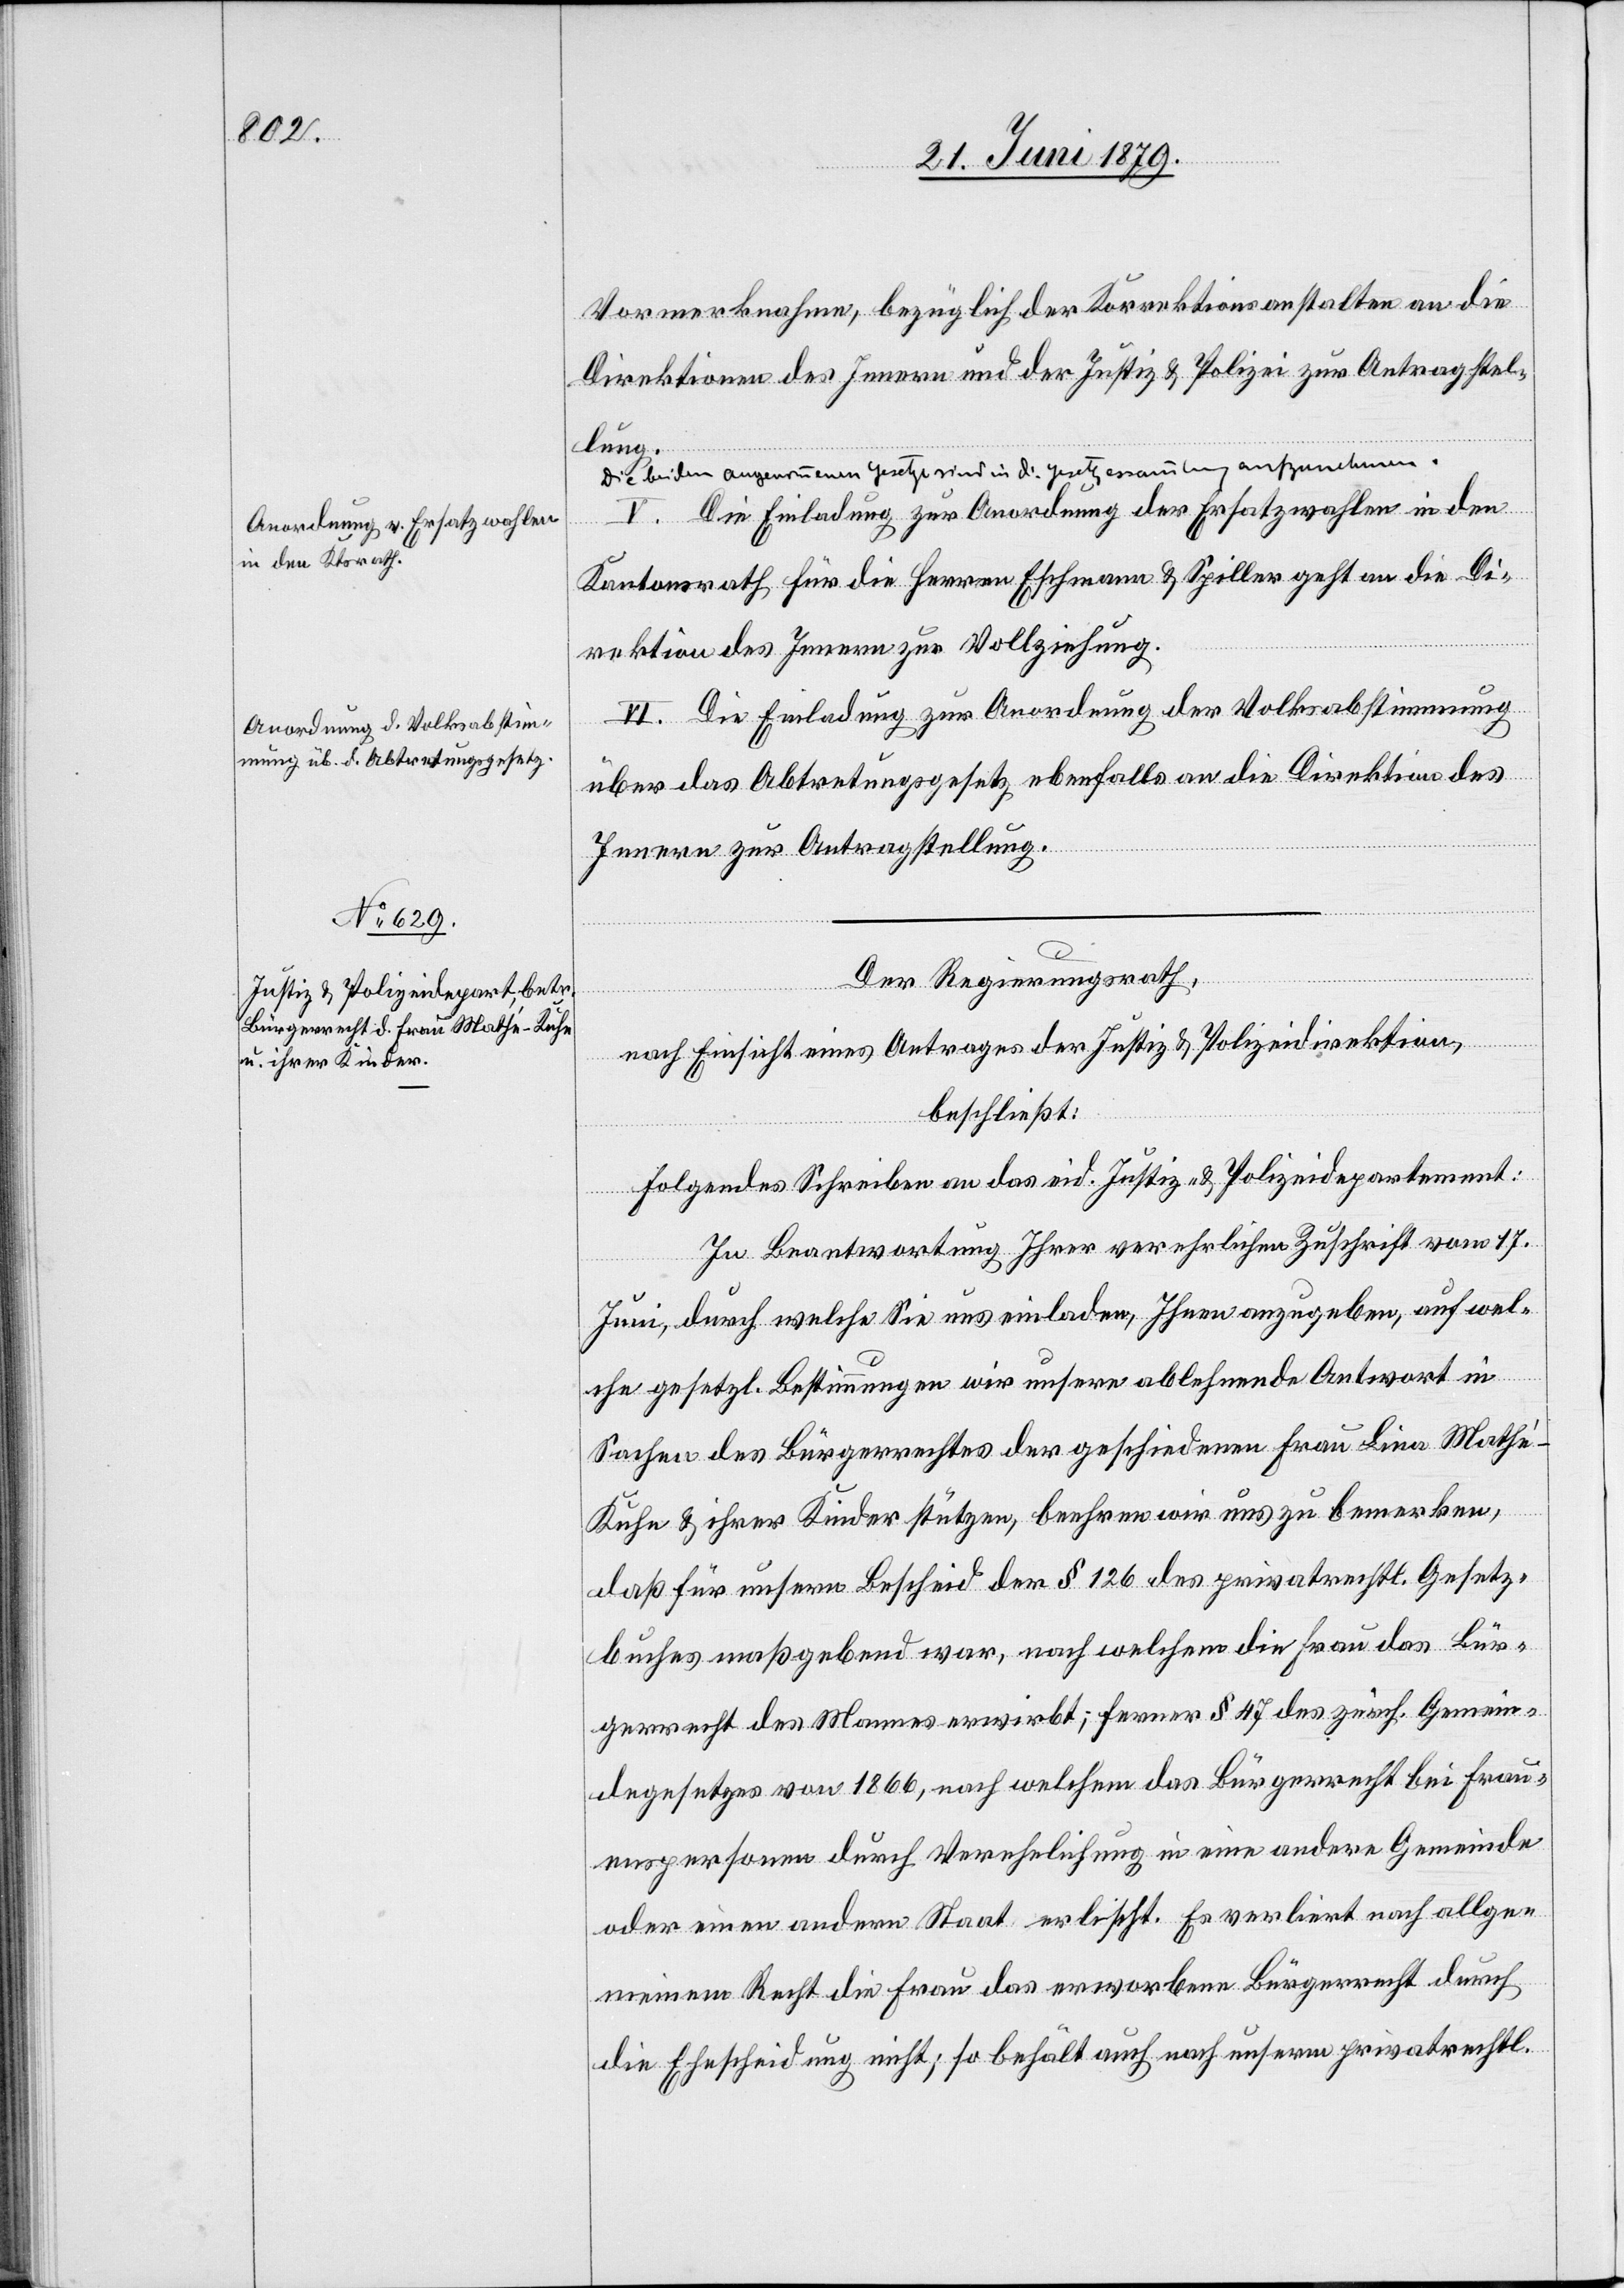
Vormerknahme, bezüglich der Korrektionsanstalten an die
Direktionen des Innern und der Justiz- & Polizei zur Antragstel¬
lung.
a-Die beiden angenommenen Gesetze sind in die Gesetzessammlung aufzunehmen.-a
V. Die Einladung zur Anordnung der Ersatzwahlen in den
Kantonsrath für die Herren Eschmann & Spiller geht an die Di¬
rektion des Innern zur Vollziehung.
VI. Die Einladung zur Anordnung der Volksabstimmung
über das Abtretungsgesetz ebenfalls an die Direktion des
Innern zur Antragstellung.
Der Regierungsrath,
nach Einsicht eines Antrages der Justiz- & Polizeidirektion,
beschließt:
Folgendes Schreiben an das eid. Justiz- & Polizeidepartement:
In Beantwortung Ihrer verehrlichen Zuschrift vom 17.
Juni, durch welche Sie uns einladen, Ihnen anzugeben, auf wel¬
che gesetzl. Bestimmungen wir unsere ablehnende Antwort in
Sachen des Bürgerrechtes der geschiedenen Frau Lina Math¬
é-Kuhn & ihrer Kinder stützen, beehren wir uns zu bemerken,
daß für unsern Bescheid der § 126 des privatrechtl. Gesetz¬
buches maßgebend war, nach welchem die Frau das Bür¬
gerrecht des Mannes erwirbt; ferner § 47 des zürch. Gemein¬
degesetzes von 1866, nach welchem das Bürgerrecht bei Frau¬
enspersonen durch Verehelichung in eine andere Gemeinde
oder einen andern Staat erlischt. Es verliert nach allge¬
meinem Recht die Frau das erworbene Bürgerrecht durch
die Ehescheidung nicht; so behält auch nach unserm privatrechtl.